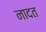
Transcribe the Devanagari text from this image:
नादत